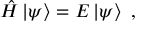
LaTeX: { \hat { H } } \left| \psi \right\rangle = E \left| \psi \right\rangle ~ ,